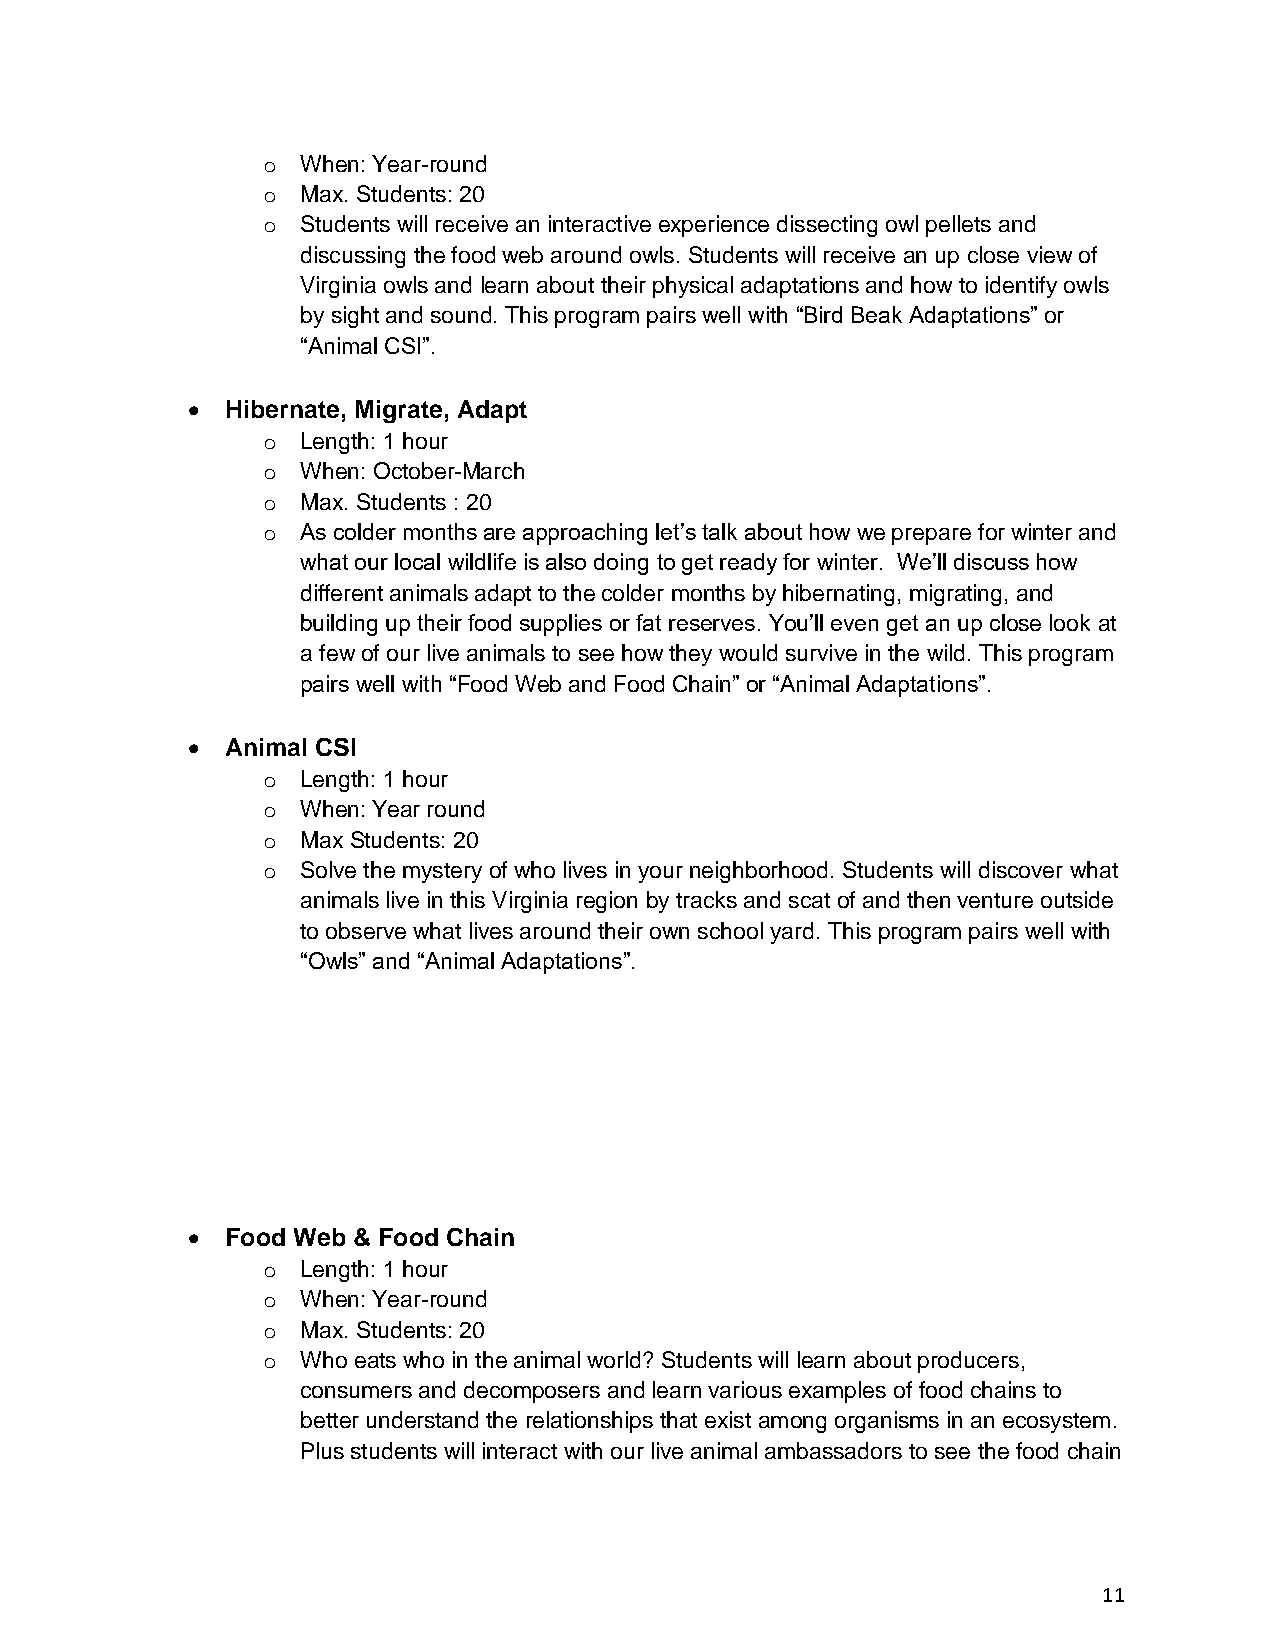
o  When: Year-round
 o  Max. Students: 20
 o  Students will receive an interactive experience dissecting owl pellets and
 discussing the food web around owls. Students will receive an up close view of
 Virginia owls and learn about their physical adaptations and how to identify owls
 by sight and sound. This program pairs well with “Bird Beak Adaptations” or
 “Animal CSI”.
 •  Hibernate, Migrate, Adapt
 o  Length: 1 hour
 o  When: October-March
 o  Max. Students : 20
 o  As colder months are approaching let’s talk about how we prepare for winter and
 what our local wildlife is also doing to get ready for winter. We’ll discuss how
 different animals adapt to the colder months by hibernating, migrating, and
 building up their food supplies or fat reserves. You’ll even get an up close look at
 a few of our live animals to see how they would survive in the wild. This program
 pairs well with “Food Web and Food Chain” or “Animal Adaptations”.
 •  Animal CSI
 o  Length: 1 hour
 o  When: Year round
 o  Max Students: 20
 o  Solve the mystery of who lives in your neighborhood. Students will discover what
 animals live in this Virginia region by tracks and scat of and then venture outside
 to observe what lives around their own school yard. This program pairs well with
 “Owls” and “Animal Adaptations”.
 •  Food Web & Food Chain
 o  Length: 1 hour
 o  When: Year-round
 o  Max. Students: 20
 o  Who eats who in the animal world? Students will learn about producers,
 consumers and decomposers and learn various examples of food chains to
 better understand the relationships that exist among organisms in an ecosystem.
 Plus students will interact with our live animal ambassadors to see the food chain
 11